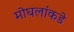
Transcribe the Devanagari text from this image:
मोघलांकडे